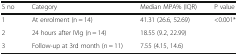
<table><thead><tr><td><b>S no</b></td><td><b>Category</b></td><td><b>Median MPA% (IQR)</b></td><td><b>P value</b></td></tr></thead><tbody><tr><td>1</td><td>At enrolment (n = 14)</td><td>41.31 (26.6, 52.69)</td><td rowspan="3">&lt;0.001*</td></tr><tr><td>2</td><td>24 hours after IVIg (n = 14)</td><td>18.55 (9.2, 22.99)</td></tr><tr><td>3</td><td>Follow-up at 3rd month (n = 11)</td><td>7.55 (4.15, 14.6)</td></tr></tbody></table>